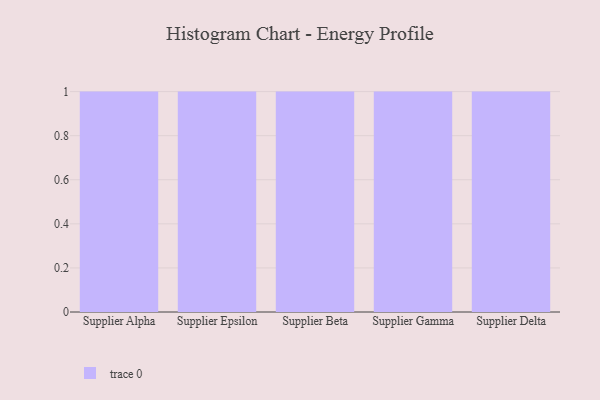
{"axis": {"x": "Supplier", "y": "Temperature (°C)"}, "legend": [""], "data": [{"x": "Supplier Alpha", "y": 46, "type": ""}, {"x": "Supplier Epsilon", "y": 13, "type": ""}, {"x": "Supplier Beta", "y": 66, "type": ""}, {"x": "Supplier Gamma", "y": 51, "type": ""}, {"x": "Supplier Delta", "y": 67, "type": ""}]}